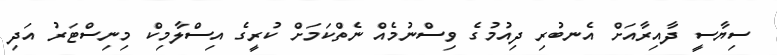
ސިޔާސީ ދާއިރާއަށް އެނބުރި ދިއުމުގެ ވިސްނުމެއް ނެތްކަމަށް ކުރީގެ އިސްލާމިކް މިނިސްޓަރު އަދި